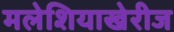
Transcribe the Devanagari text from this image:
मलेशियाखेरीज